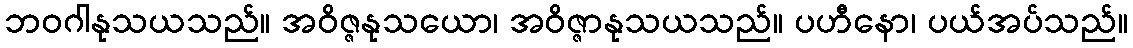
ဘဝဂါနုသယသည်။ အဝိဇ္ဇနုသယော၊ အဝိဇ္ဇာနုသယသည်။ ပဟီနော၊ ပယ်အပ်သည်။